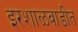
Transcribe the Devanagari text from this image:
इरशाळवाडीत